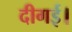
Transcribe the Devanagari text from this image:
दीगई।